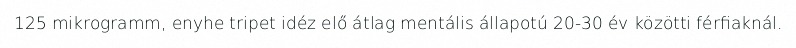
125 mikrogramm, enyhe tripet idéz elő átlag mentális állapotú 20-30 év közötti férfiaknál.